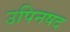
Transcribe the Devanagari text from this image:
उपिनषद